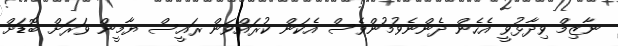
ނާޒިމް ވިދާޅުވީ އެހެން ދެންނެވުމުންވެސް އެކަން ކުރައްވަން ރައީސް ޔާމީން ވަރަށް ބޮޑަށް